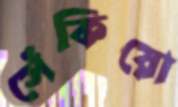
সেঁকিয়ো